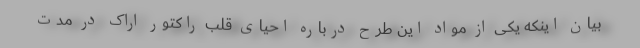
بیان اینکه یکی از مواد این طرح درباره احیای قلب راکتور اراک در مدت